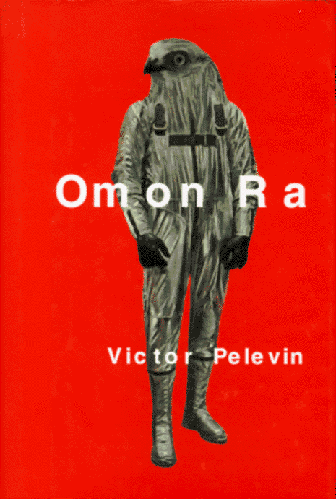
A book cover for Omon Ra; Victor Pelevin; Literature & Fiction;